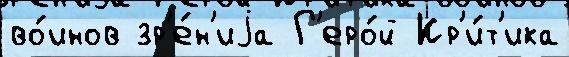
во́инов зр'е́н'иjа Г'еро́й Кр'и́т'ика